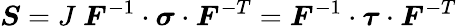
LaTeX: {\boldsymbol{S}}=J~{\boldsymbol{F}}^{-1}\cdot{\boldsymbol{\sigma}}\cdot{\boldsymbol{F}}^{-T}={\boldsymbol{F}}^{-1}\cdot{\boldsymbol{\tau}}\cdot{\boldsymbol{F}}^{-T}